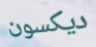
ديكسون